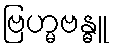
ဗြဟ္မဗန္ဓူ